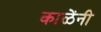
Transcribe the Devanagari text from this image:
काळेंनी